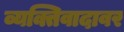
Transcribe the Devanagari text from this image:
व्यक्तिवादावर